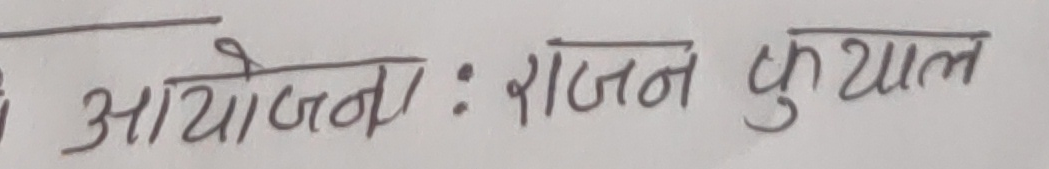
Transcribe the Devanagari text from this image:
आयोजना : राजन फुयाल